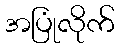
အပြုံလိုက်